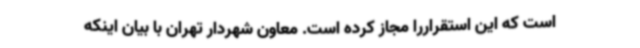
است که این استقراررا مجاز کرده است. معاون شهردار تهران با بیان اینکه